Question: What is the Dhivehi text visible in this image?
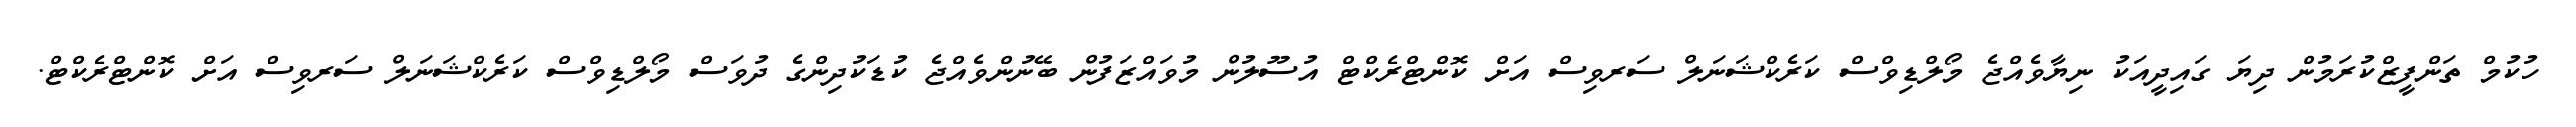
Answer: ހުކުމް ތަންފީޒްކުރަމުން ދިޔަ ގައިދީއަކު ނިޔާވެއްޖެ މޯލްޑިވްސް ކަރެކްޝަނަލް ސަރވިސް އަށް ކޮންޓްރެކްޓް އުސޫލުން މުވައްޒަފުން ބޭނުންވެއްޖެ ކުޑަކުދިންގެ ދުވަސް މޯލްޑިވްސް ކަރެކްޝަނަލް ސަރވިސް އަށް ކޮންޓްރެކްޓް.